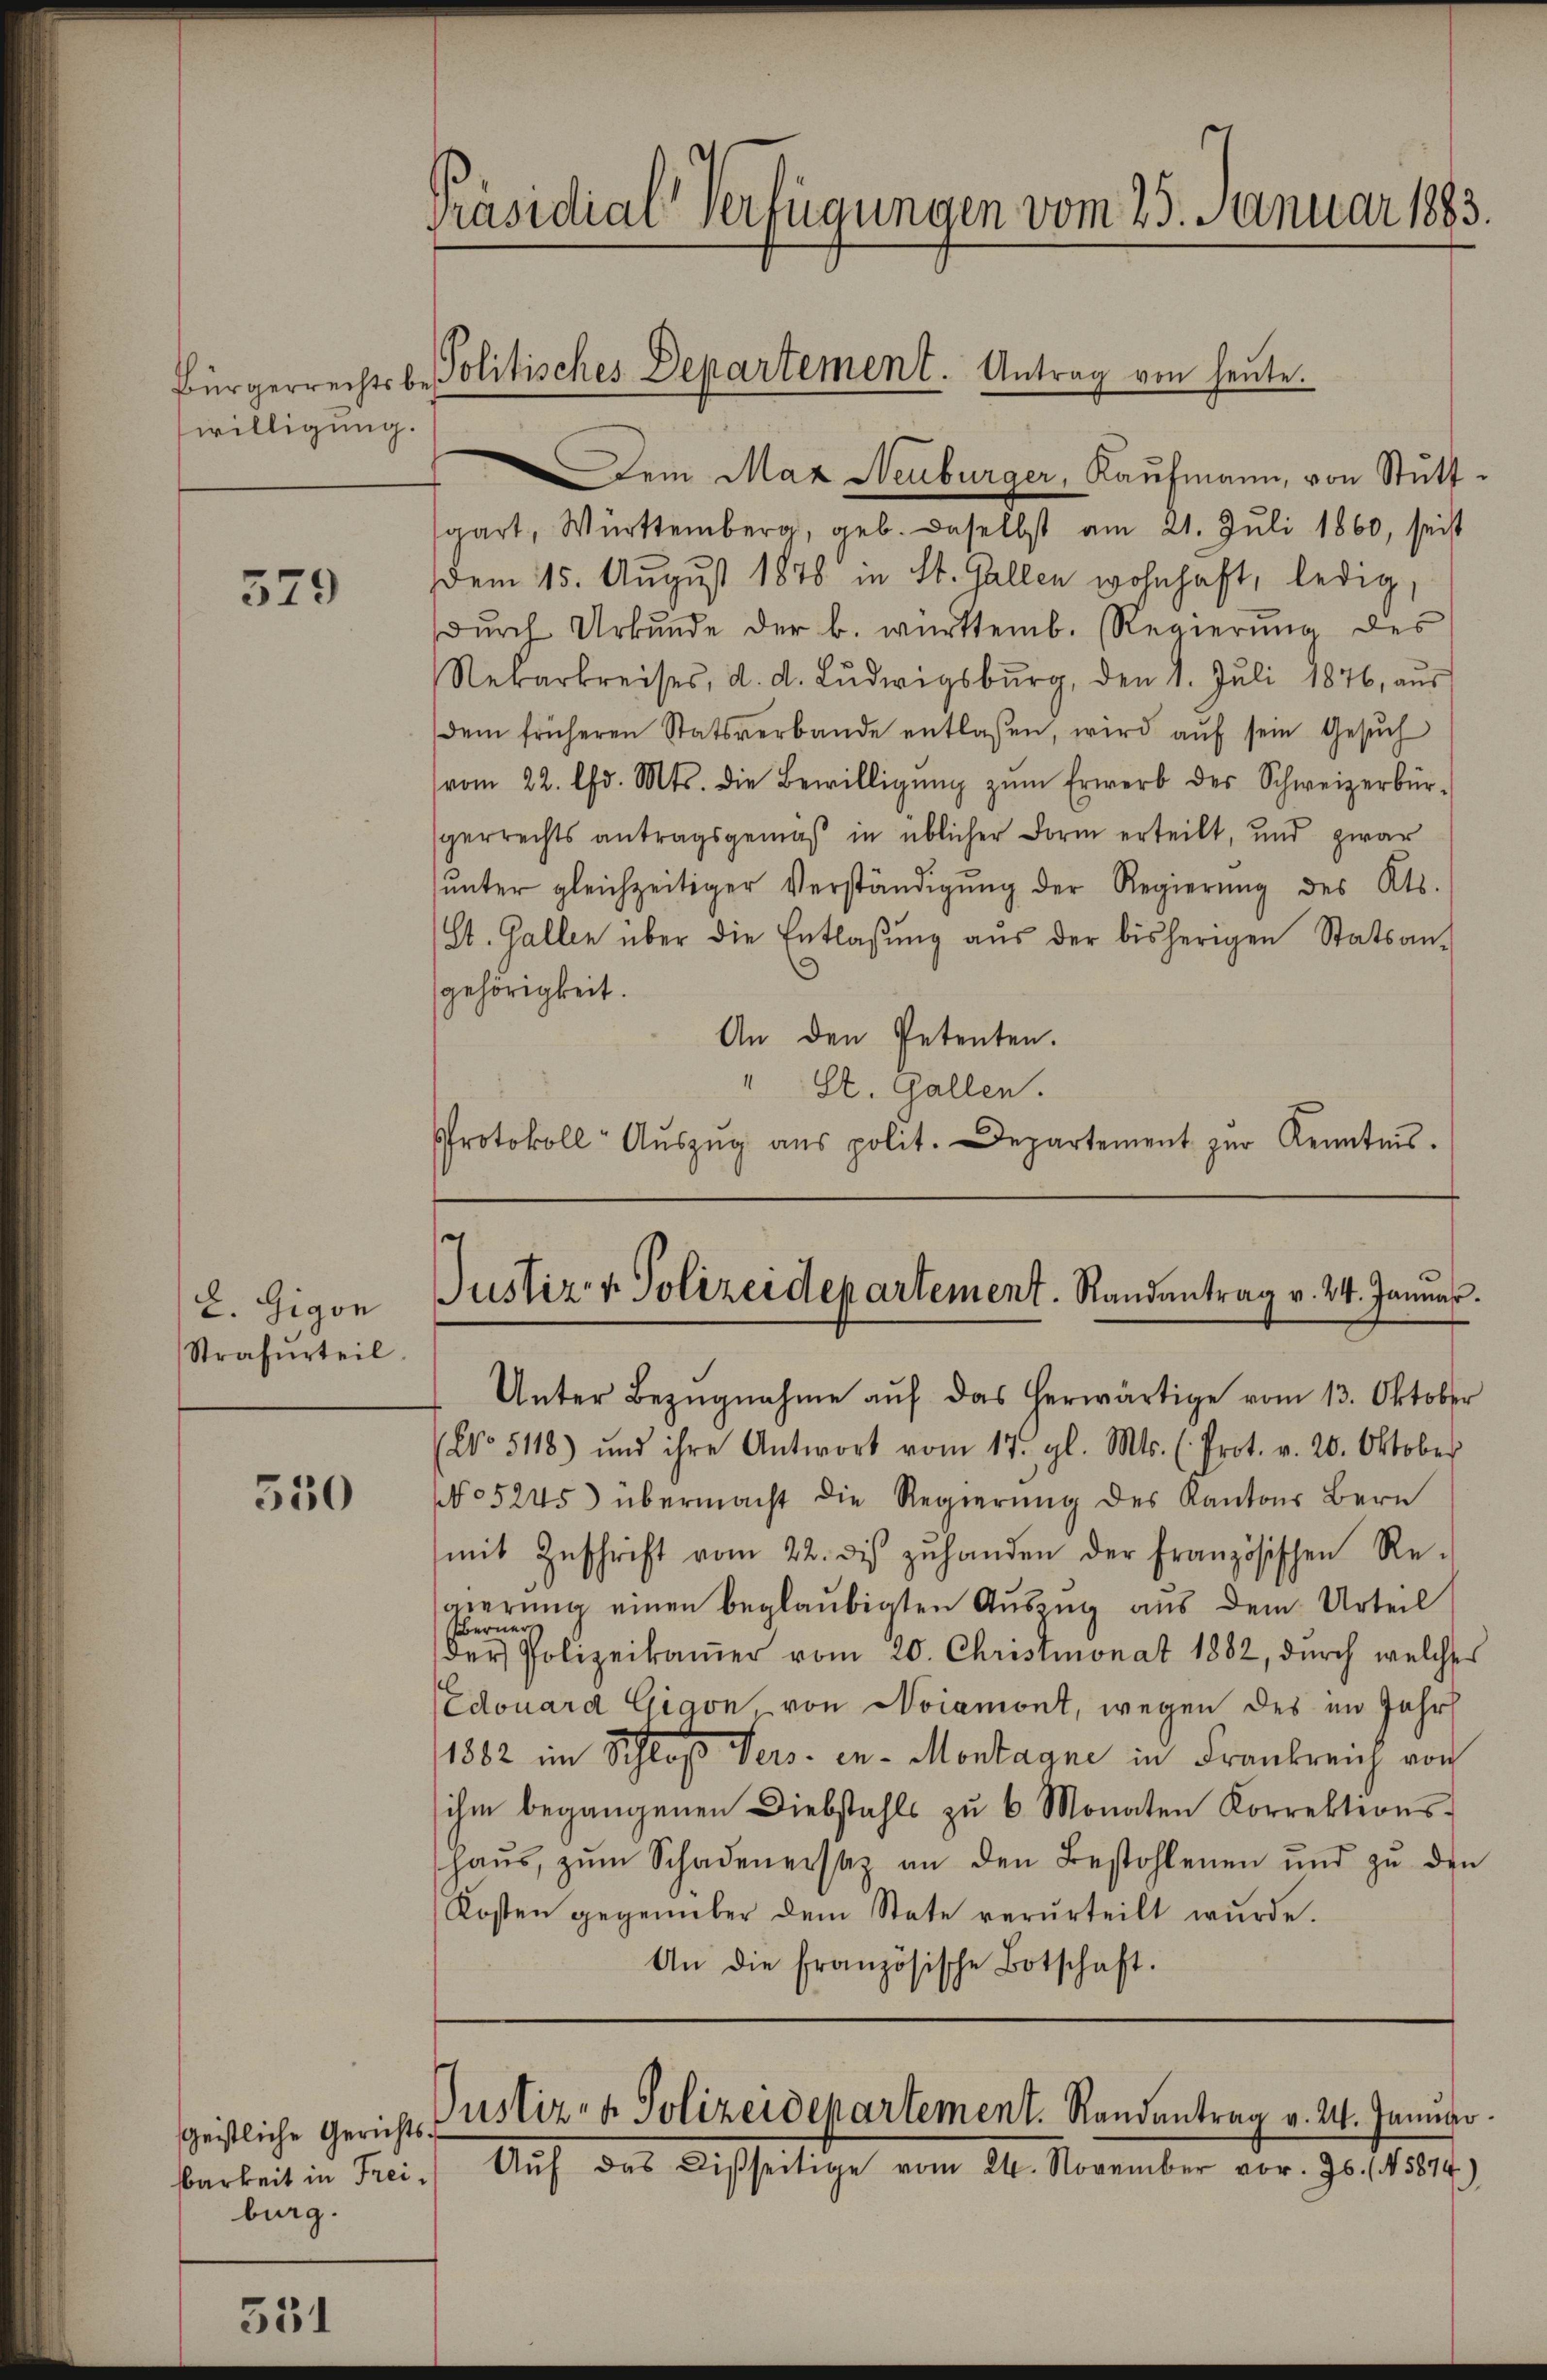
willigung.

579

2. Gigon
Strafurteil.

350

sgeistliche Gerichtsburg.

351

Präsidial-Verfügungen vom 25. Januar 1883.
Bürgerrechtsbe Politisches Departement. Antrag von heute.

em Maz Neuburger, Kaufmann, von Stuttsgart, Württemberg, geb. Daselbst am 21. Juli 1860, seit
em 15. August 1878 in St. Gallen wohnhaft, ledig,
dŭrch Urkunde der b. württemb. Regierŭng des
Rekarkreises, d. d. Lŭdwigsbŭrg, den 1. Jŭli 1876, aŭs
dem früheren Statsverbande entlaßen, wird aŭf sein Gesŭch
vom 22. Chr. Mts. die Bewilligŭng zŭm Erwerb des Schweizerbür-
gerrechts antragsgemäß in üblicher Form erteilt, und zwar
ŭnter gleichzeitiger Verständigŭng der Regierŭng des Kts.
St. Gallen über die Entlassŭng aŭs der bisherigen Statsan-
gehörigkeit.
An den Petenten.
" St. Gallen.
Protokoll- Aŭszŭg ans polit. Departement zŭr Kenntnis.

(No 5118) und ihre Antwort vom 17. gl. Mts. (Prot. v. 20. Oktober
No 5245) übermacht die Regierŭng des Kantons Bern
mit Zŭschrift vom 22. des zŭ handen der Französischen Re-
gierung einen beglaubigten Ausing aus dem Urteil
 Polizeikamer vom 20. Christmonat 1882, durch welches
Edouard Gigon, von Noiamont, wegen des im Jahr
1882 im Schloß Vers. in Montagne in Frankreich von
ihm begangenen Diebstahls zŭ 6 Monaten Korrektions-
haŭs zŭm Schadenerstiz an den Bestohlenen und zŭ den
Kosten gegenüber dem State verurteilt wŭrde.
An die französische Botschaft.

Justiz- & Polizeidepartement. Randantrag v. 24. Januar.
Unter Bezŭgnahme aŭf das herwärtige vom 13. Oktober

Justiz- & Polizeidepartement. Randantrag v. 24. Januar.
barkeit in Frei. Aŭf das Disseitige vom 24. November vor. Js. (N. 5874)